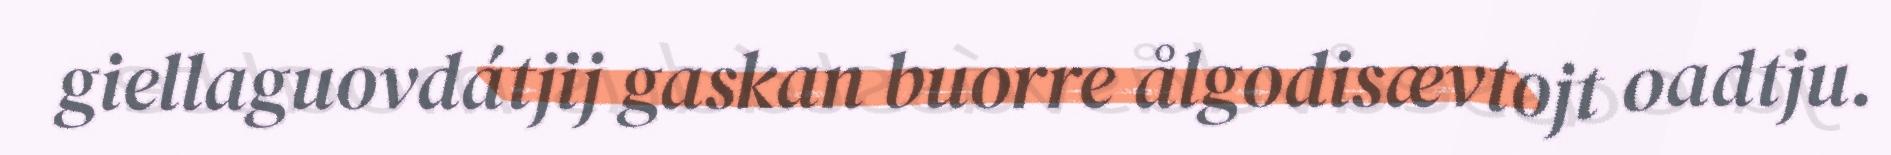
giellaguovdátjij gaskan buorre ålgodisævtojt oadtju.